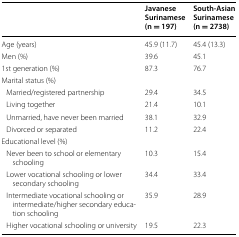
<table><thead><tr><td></td><td><b>Javanese Surinamese (n = 197)</b></td><td><b>South-Asian Surinamese (n = 2738)</b></td></tr></thead><tbody><tr><td>Age (years)</td><td>45.9 (11.7)</td><td>45.4 (13.3)</td></tr><tr><td>Men (%)</td><td>39.6</td><td>45.1</td></tr><tr><td>1st generation (%)</td><td>87.3</td><td>76.7</td></tr><tr><td colspan="3">Marital status (%)</td></tr><tr><td> Married/registered partnership</td><td>29.4</td><td>34.5</td></tr><tr><td> Living together</td><td>21.4</td><td>10.1</td></tr><tr><td> Unmarried, have never been married</td><td>38.1</td><td>32.9</td></tr><tr><td> Divorced or separated</td><td>11.2</td><td>22.4</td></tr><tr><td colspan="3">Educational level (%)</td></tr><tr><td> Never been to school or elementary schooling</td><td>10.3</td><td>15.4</td></tr><tr><td> Lower vocational schooling or lower secondary schooling</td><td>34.4</td><td>33.4</td></tr><tr><td> Intermediate vocational schooling or intermediate/higher secondary education schooling</td><td>35.9</td><td>28.9</td></tr><tr><td> Higher vocational schooling or university</td><td>19.5</td><td>22.3</td></tr></tbody></table>